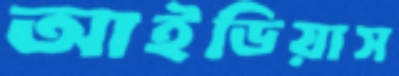
আইডিয়াস